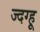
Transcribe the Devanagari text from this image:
ज्दग्हू